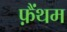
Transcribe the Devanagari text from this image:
फ़ैंथम